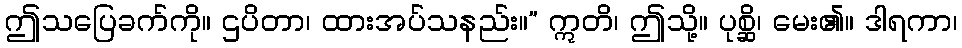
ဤသပြေခက်ကို။ ဌပိတာ၊ ထားအပ်သနည်း။” ဣတိ၊ ဤသို့။ ပုစ္ဆိ၊ မေး၏။ ဒါရကာ၊